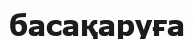
басақаруға